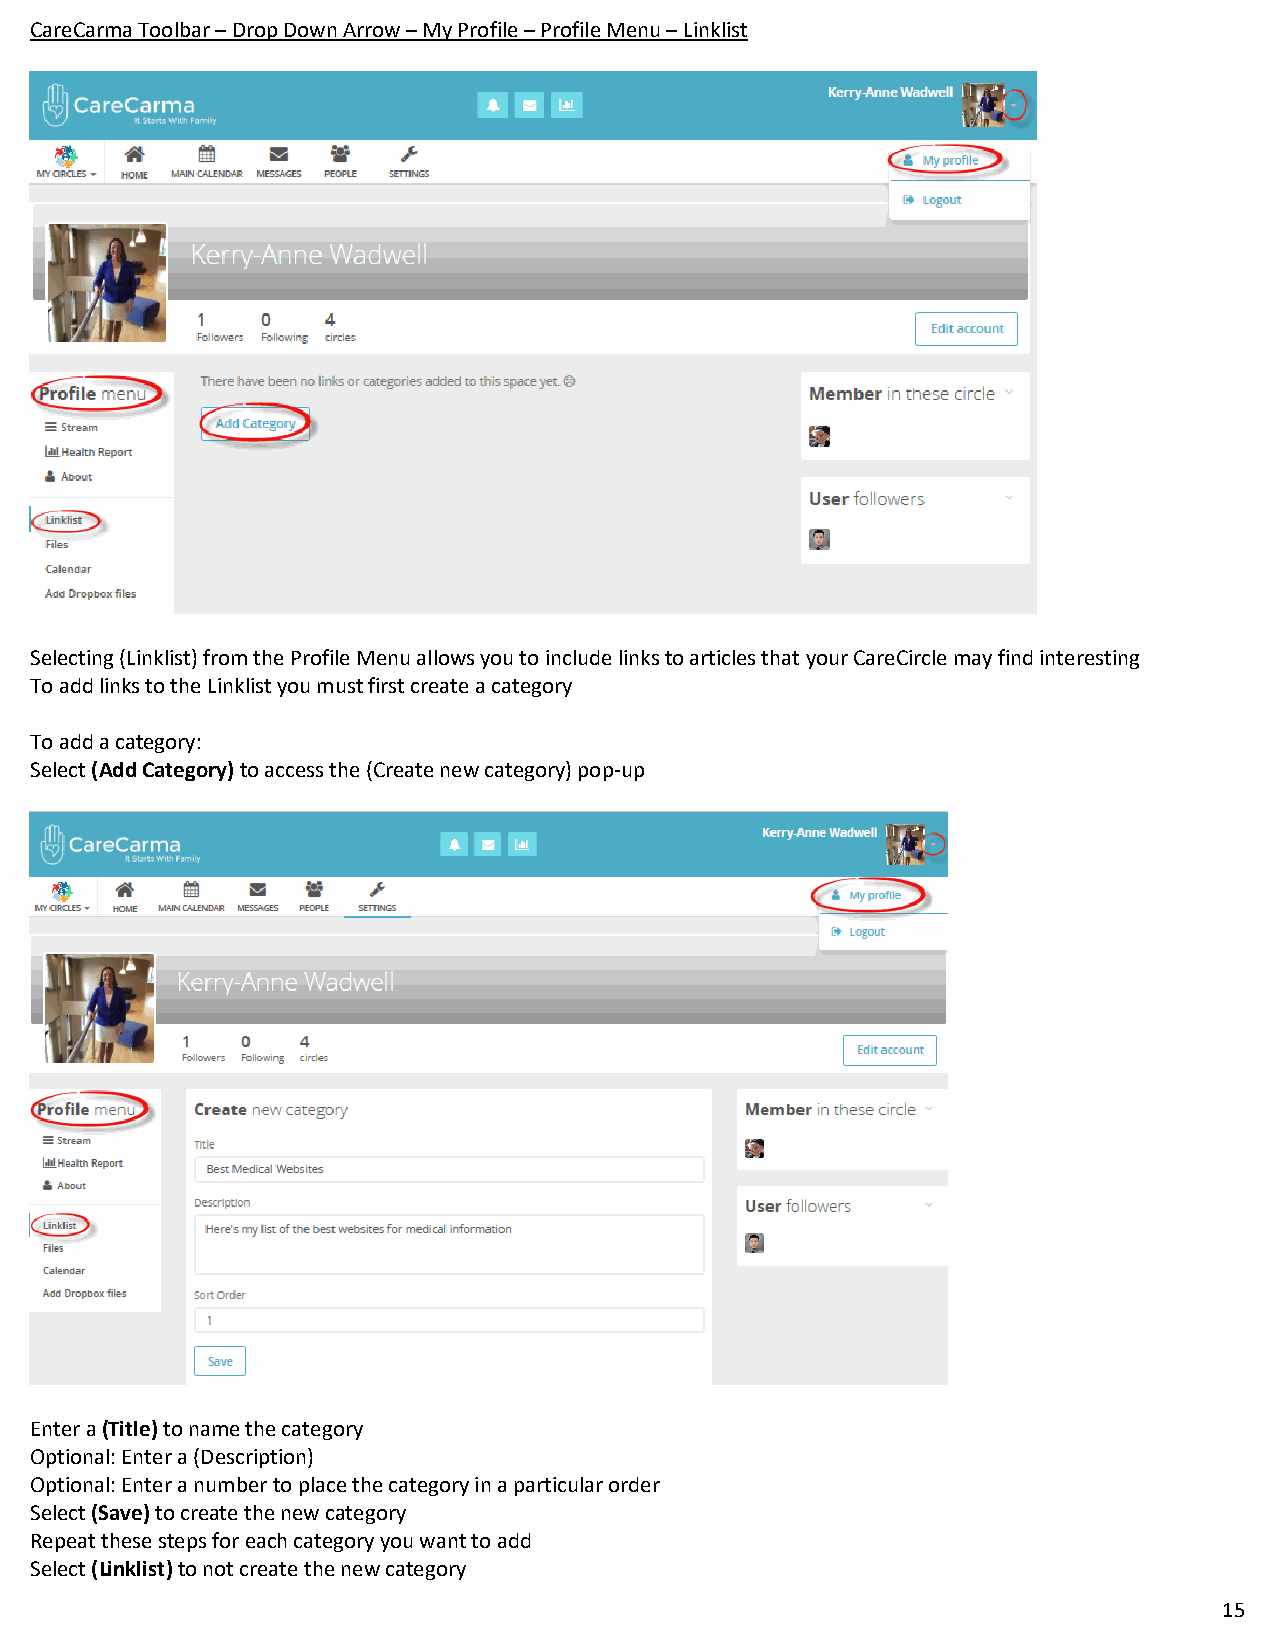
CareCarma Toolbar – Drop Down Arrow – My Profile – Profile Menu – Linklist
 Selecting (Linklist) from the Profile Menu allows you to include links to articles that your CareCircle may find interesting
 To add links to the Linklist you must first create a category
 To add a category:
 Select (Add Category) to access the (Create new category) pop-up
 Enter a (Title) to name the category
 Optional: Enter a (Description)
 Optional: Enter a number to place the category in a particular order
 Select (Save) to create the new category
 Repeat these steps for each category you want to add
 Select (Linklist) to not create the new category
 15